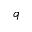
q